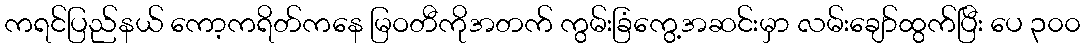
ကရင်ပြည်နယ် ကော့ကရိတ်ကနေ မြဝတီကိုအတက် ကွမ်းခြံကွေ့အဆင်းမှာ လမ်းချော်ထွက်ပြီး ပေ ၃၀၀